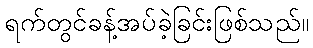
ရက်တွင်ခန့်အပ်ခဲ့ခြင်းဖြစ်သည်။